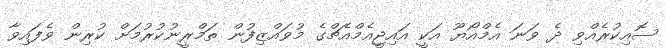
ސޮއިކުރެެއްވި ދެ ވަނަ އެމްއޯޔޫ އަކީ އައިޖީއެމްއެޗްގެ މުވައްޒިފުން ތަމްރީނުކުރުމަށް ކުރިން ވެފައިވާ